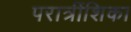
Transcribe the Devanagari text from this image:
परात्रींशिका